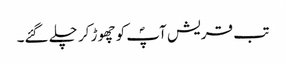
تب قریش آپؐ کو چھوڑ کر چلے گئے۔